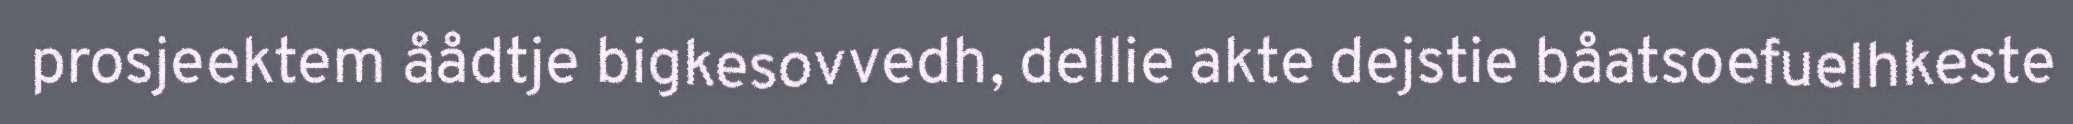
prosjeektem åådtje bigkesovvedh, dellie akte dejstie båatsoefuelhkeste